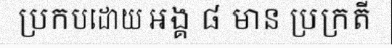
ប្រកបដោយ អង្គ ៨ មាន ប្រក្រតី